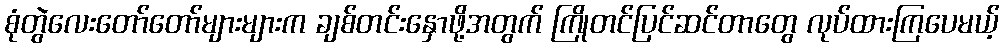
စုံတွဲလေးတော်တော်များများက ချစ်တင်းနှောဖို့အတွက် ကြိုတင်ပြင်ဆင်တာတွေ လုပ်ထားကြပေမယ့်